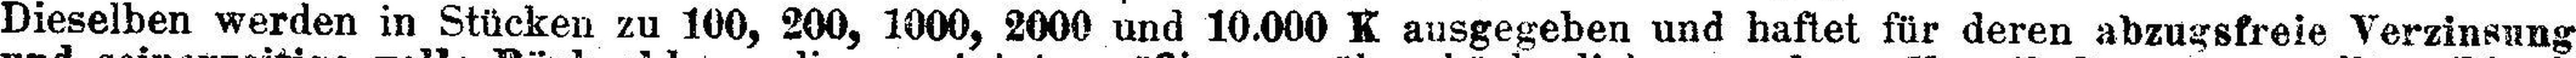
Dieselben werden in Stücken zu 100, 200, 1000, 2000 und 10.000 K ausgegeben und haftet für deren abzugsfreie Verzinsung